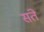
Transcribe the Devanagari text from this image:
संते